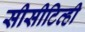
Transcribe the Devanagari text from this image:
सीसीटिव्ही